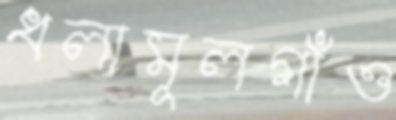
ধলামূলগাঁও